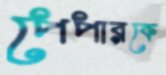
পেপারকে